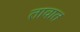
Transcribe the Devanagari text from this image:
तावात